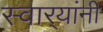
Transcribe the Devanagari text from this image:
स्वार्‍यांनी